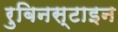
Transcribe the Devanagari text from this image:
रुबिनस्टाइन